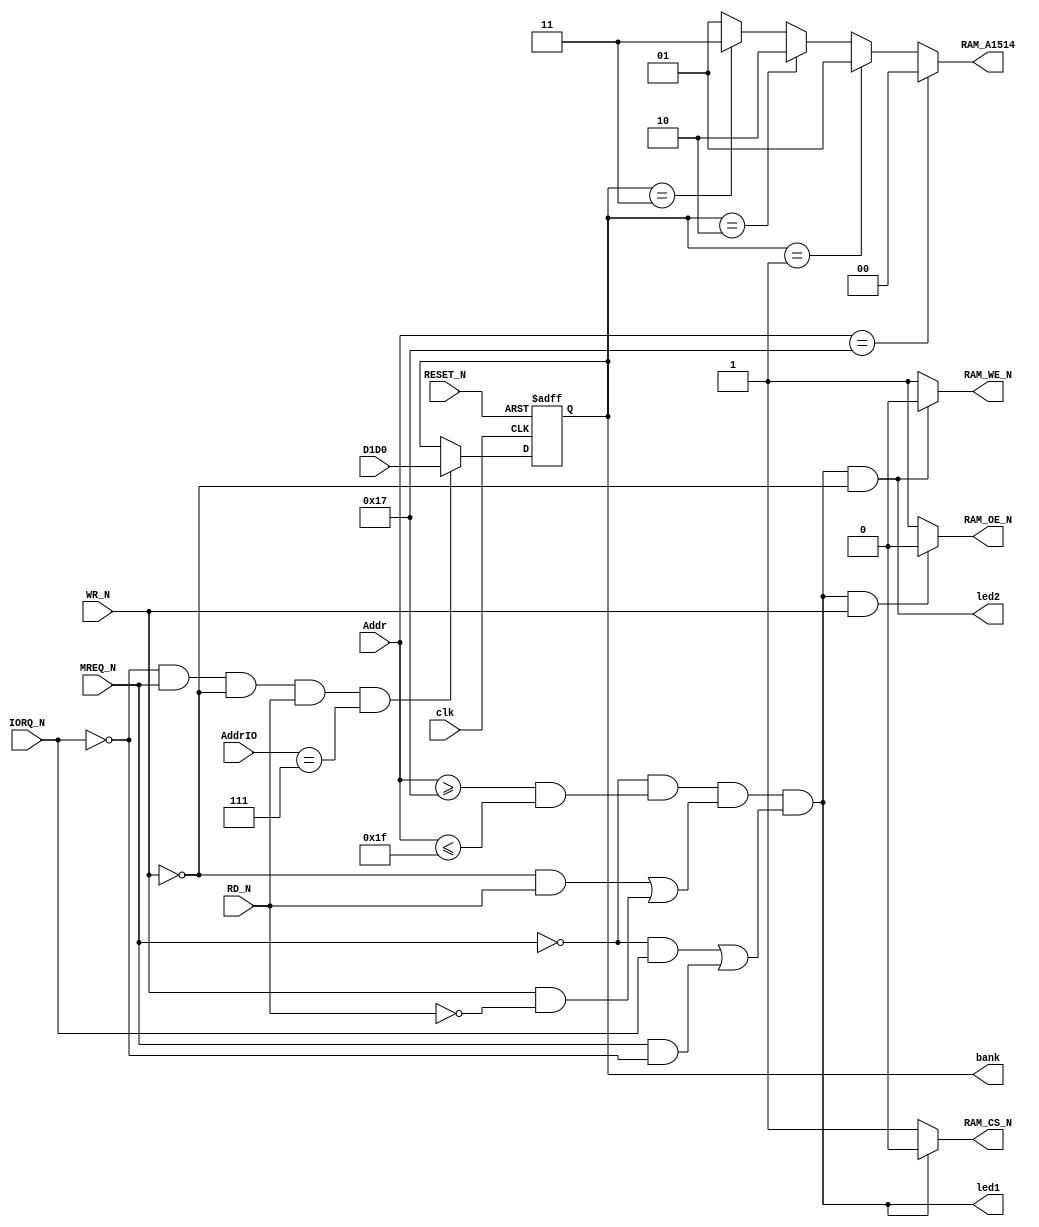
`timescale 1ns / 1ps

//RAM decoding
//Addr = A15 - A11
//A15 = Addr<4>, A14 = Addr<3>, A13 = Addr<2>, A12 = Addr<1>, A11 = Addr<0>
//AddrIO = A7,A6,A5,A4
module top(/*Input*/Addr, AddrIO, WR_N, RD_N, MREQ_N, IORQ_N, clk, RESET_N, D1D0, /*Output*/ RAM_A1514, RAM_CS_N, RAM_OE_N, RAM_WE_N, bank, /*Led*/ led1, led2);

	input wire[4:0] Addr;
	input wire[3:0] AddrIO;
	input wire WR_N;
	input wire RD_N;
	input wire MREQ_N;
	input wire IORQ_N;
	input wire clk;
	input wire RESET_N;
	input wire [1:0] D1D0;
	
	output wire[1:0] RAM_A1514;	
	output wire RAM_CS_N;
	output wire RAM_OE_N;
	output wire RAM_WE_N;
	
	output wire led1;
	output wire led2;
	
	output reg[1:0] bank;
	
	//RAM decoding
	//Laser 310 - Expension RAM B800h
	//B800h = 1011 1000 0000 0000
	//BFFFh = 1011 1111 1111 1111
	//C000h = 1100 0000 0000 0000
	//FFFFh = 1111 1111 1111 1111
	//Mask = 1111 1000 0000 0000
	//A15,A14,A13,A12,A11 range: [10111,11111] = [17,1F]
	always @(posedge clk or negedge RESET_N)
	begin
		if (~RESET_N)
			bank = 2'b01;
		else
			begin
				if (IORQ_N == 1'b0 && MREQ_N == 1'b1 && WR_N==1'b0 && RD_N==1'b1 && AddrIO == 4'b0111)
					bank = D1D0;
			end
	end
	
	//TODO, move the following to always block
	
	// Laser 310 64K bank 0,1 -> RAM page 0, page 1 -> RAM 17:0000h-07FFh, 18-1f: 4000h-7FFFh 
	// Laser 310 64K bank 0,2 -> RAM page 0, page 2 -> RAM 17:0000h-07FFh, 18-1f: 8000h-7FFFh
	// Laser 310 64K bank 0,3 => RAM page 0, page 3 -> RAM 17:0000h-07FFh, 18-1f: C000h-7FFFh			
	//4000:0100 0000 0000 0000 + 0,7 on high bits -> 01000, 01111
	//8000:1000 0000 0000 0000 + 0,7 on high bits -> 10000, 10111
	//C000:1100 0000 0000 0000 = 0,7 on high bits -> 11000, 11111
	assign RAM_A1514 =(Addr == 5'b1011_1) ? 2'b00 : 
							(bank == 2'b01) ? 2'b01 : 
							(bank == 2'b10) ? 2'b10 :
							(bank == 2'b11) ? 2'b11 : 2'b01;

	//RAM_CS_N is low if : 1. /MREQ; 2. Valid Addr;	3. WR and RD are valid; 4. MREQ and IORQ are valid.
	assign RAM_CS_N = (MREQ_N==1'b0 && 
							(Addr>=5'b1011_1 && Addr<=5'b1111_1) && /*validLaser310Space*/
							((WR_N==0 & RD_N==1) | (WR_N==1 & RD_N==0)) && /*validWRRD*/
							((MREQ_N==0 & IORQ_N==1) | (MREQ_N==1 & IORQ_N==0))) /*validMREQIORQ*/
							? 1'b0 : 1'b1;
	
	assign RAM_OE_N = (RAM_CS_N==0 && WR_N==1) ? 1'b0 : 1'b1;
	assign RAM_WE_N = (RAM_CS_N==0 && WR_N==0) ? 1'b0 : 1'b1;

	assign led1 = !RAM_CS_N;
	assign led2 = !RAM_WE_N;

endmodule